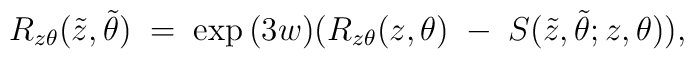
R_{z\theta}(\tilde{z},\tilde{\theta})\;=\;\exp{(3w)}   (R_{z\theta}(z,\theta)\;-\; \nonumber   S(\tilde{z},\tilde{\theta};z,\theta)),